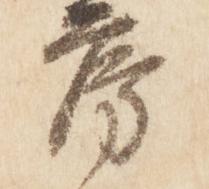
房